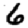
Digit: 6